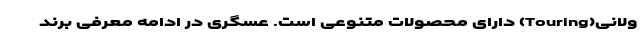
ولانی(Touring) دارای محصولات متنوعی است. عسگری در ادامه معرفی برند